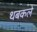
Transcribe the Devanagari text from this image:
थबकले